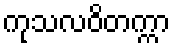
ကုသလဝိတက္ကာ